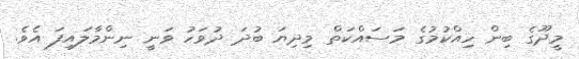
މީދޫގެ ބިން ހިއްކުމުގެ މަސައްކަތް މިދިޔަ ބުދަ ދުވަހު ވަނީ ނިންމާލައިފަ އެވެ.